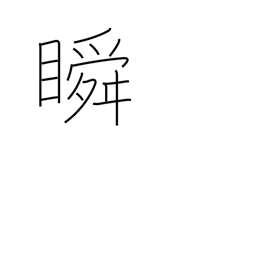
Meaning: wink